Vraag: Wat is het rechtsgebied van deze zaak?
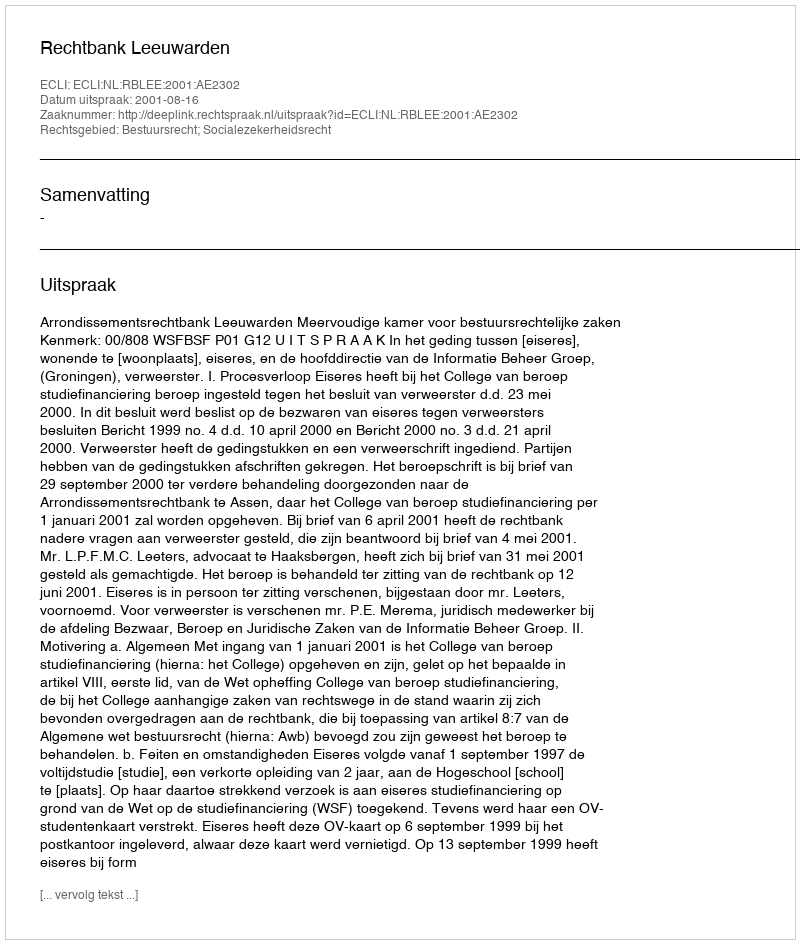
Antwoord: Bestuursrecht; Socialezekerheidsrecht